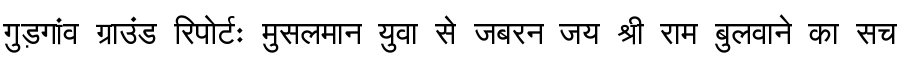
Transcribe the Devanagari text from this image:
गुड़गांव ग्राउंड रिपोर्टः मुसलमान युवा से जबरन जय श्री राम बुलवाने का सच